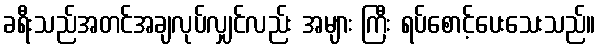
ခရီးသည်အတင်အချလုပ်လျှင်လည်း အများ ကြီး ရပ်စောင့်ပေးသေးသည်။